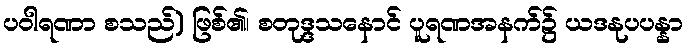
ပဝါရဏာ စသည်) ဖြစ်၏၊ စတုဒ္ဒသနောင် ပူရဏအနက်၌ ယဒနုပပန္နာ